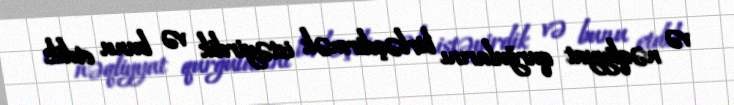
və nəqliyyat qurğularını birləşdirmək istəyirdik və bunu etdik.